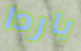
باردا